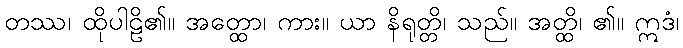
တဿ၊ ထိုပါဠိ၏။ အတ္ထော၊ ကား။ ယာ နိရုတ္တိ၊ သည်။ အတ္ထိ၊ ၏။ ဣဒံ၊